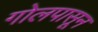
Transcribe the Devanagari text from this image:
गोलपासून